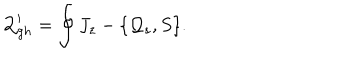
{ \cal Q } _ { g h } ^ { \prime } = \oint J _ { z } - \{ { \cal Q } _ { s } , S \} .